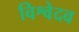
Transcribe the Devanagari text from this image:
विश्वेदव